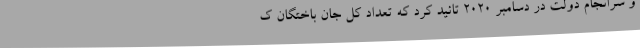
و سرانجام دولت در دسامبر 2020 تائید کرد که تعداد کل جان باختگان ک